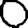
Digit: 0